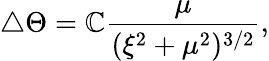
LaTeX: \triangle\Theta=\mathbb{C}\frac{{\mu}}{{(\xi^{2}+\mu^{2})^{3/2}}},